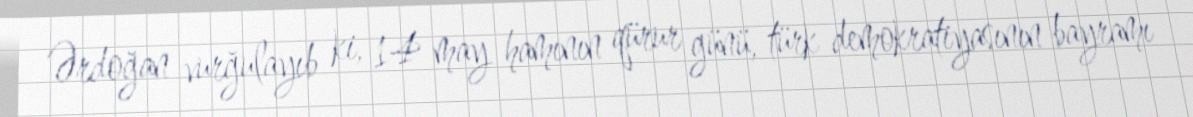
Ərdoğan vurğulayıb ki, 14 may hamının qürur günü, türk demokratiyasının bayramı